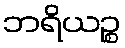
ဘရိယဉ္စ